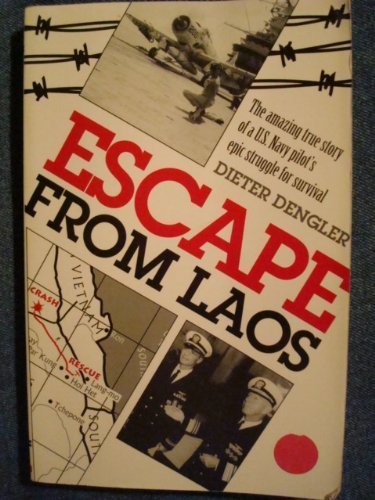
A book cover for Escape From Laos; Dieter Dengler; History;